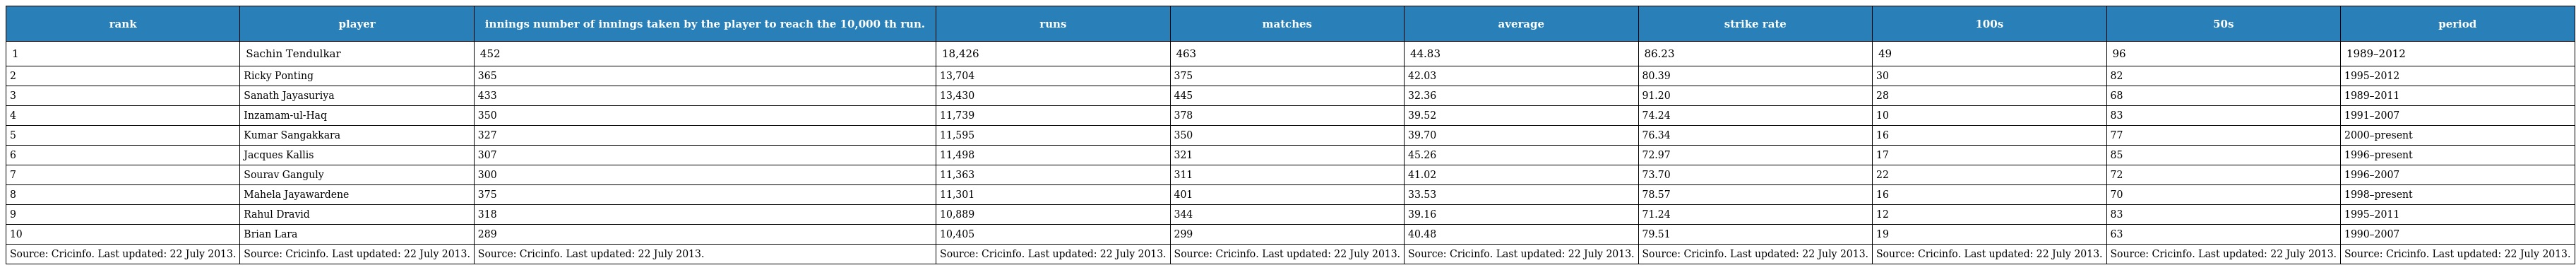
| rank | player | innings number of innings taken by the player to reach the 10,000 th run. | runs | matches | average | strike rate | 100s | 50s | period |
 | --- | --- | --- | --- | --- | --- | --- | --- | --- | --- |
 | 1 | Sachin Tendulkar | 452 | 18,426 | 463 | 44.83 | 86.23 | 49 | 96 | 1989–2012 |
 | 2 | Ricky Ponting | 365 | 13,704 | 375 | 42.03 | 80.39 | 30 | 82 | 1995–2012 |
 | 3 | Sanath Jayasuriya | 433 | 13,430 | 445 | 32.36 | 91.20 | 28 | 68 | 1989–2011 |
 | 4 | Inzamam-ul-Haq | 350 | 11,739 | 378 | 39.52 | 74.24 | 10 | 83 | 1991–2007 |
 | 5 | Kumar Sangakkara | 327 | 11,595 | 350 | 39.70 | 76.34 | 16 | 77 | 2000–present |
 | 6 | Jacques Kallis | 307 | 11,498 | 321 | 45.26 | 72.97 | 17 | 85 | 1996–present |
 | 7 | Sourav Ganguly | 300 | 11,363 | 311 | 41.02 | 73.70 | 22 | 72 | 1996–2007 |
 | 8 | Mahela Jayawardene | 375 | 11,301 | 401 | 33.53 | 78.57 | 16 | 70 | 1998–present |
 | 9 | Rahul Dravid | 318 | 10,889 | 344 | 39.16 | 71.24 | 12 | 83 | 1995–2011 |
 | 10 | Brian Lara | 289 | 10,405 | 299 | 40.48 | 79.51 | 19 | 63 | 1990–2007 |
 | Source: Cricinfo. Last updated: 22 July 2013. | Source: Cricinfo. Last updated: 22 July 2013. | Source: Cricinfo. Last updated: 22 July 2013. | Source: Cricinfo. Last updated: 22 July 2013. | Source: Cricinfo. Last updated: 22 July 2013. | Source: Cricinfo. Last updated: 22 July 2013. | Source: Cricinfo. Last updated: 22 July 2013. | Source: Cricinfo. Last updated: 22 July 2013. | Source: Cricinfo. Last updated: 22 July 2013. | Source: Cricinfo. Last updated: 22 July 2013. |